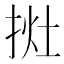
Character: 𢭭